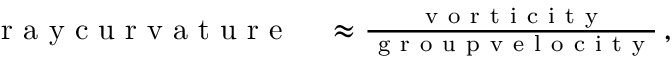
\begin{array} { r l } { \mathrm { ~ r ~ a ~ y ~ c ~ u ~ r ~ v ~ a ~ t ~ u ~ r ~ e ~ } } & { { } \approx \frac { \mathrm { ~ v ~ o ~ r ~ t ~ i ~ c ~ i ~ t ~ y ~ } } { \mathrm { ~ g ~ r ~ o ~ u ~ p ~ v ~ e ~ l ~ o ~ c ~ i ~ t ~ y ~ } } \, , } \end{array}